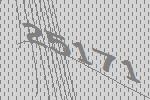
25171